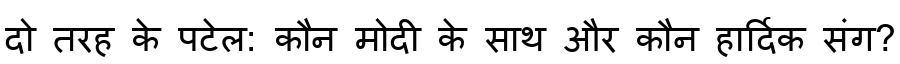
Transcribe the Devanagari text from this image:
दो तरह के पटेल: कौन मोदी के साथ और कौन हार्दिक संग?